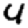
Digit: 4